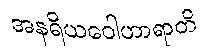
အနရိယဝေါဟာရာတိ